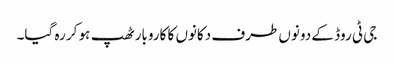
جی ٹی روڈ کے دونوں طرف دکانوں کا کاروبار ٹھپ ہو کر رہ گیا۔